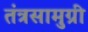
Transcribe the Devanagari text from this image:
तंत्रसामुग्री